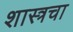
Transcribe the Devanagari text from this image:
शास्त्रचा